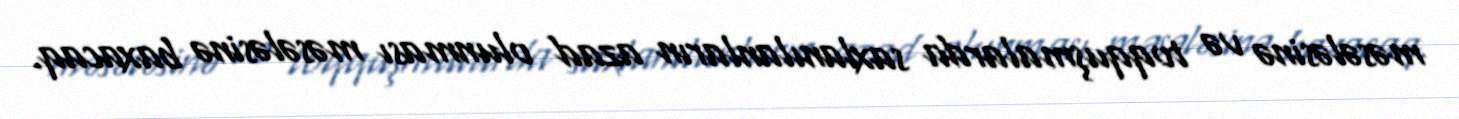
məsələsinə və toqquşmalarda saxlanılanların azad olunması məsələsinə baxacaq.